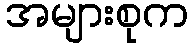
အများစုက